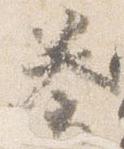
奏